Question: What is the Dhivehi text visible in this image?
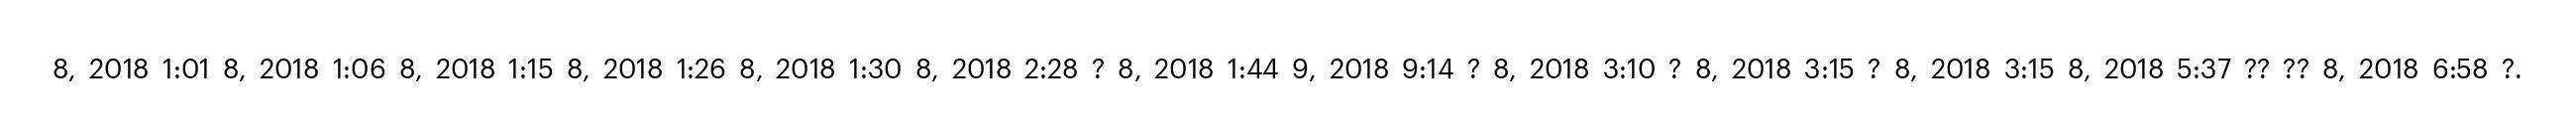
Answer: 8, 2018 1:01 8, 2018 1:06 8, 2018 1:15 8, 2018 1:26 8, 2018 1:30 8, 2018 2:28 ? 8, 2018 1:44 9, 2018 9:14 ? 8, 2018 3:10 ? 8, 2018 3:15 ? 8, 2018 3:15 8, 2018 5:37 ?? ?? 8, 2018 6:58 ?.